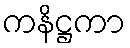
ကနိဋ္ဌကာ